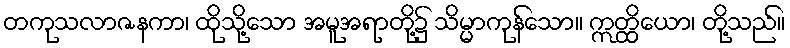
တကုသလာဇနကာ၊ ထိုသို့သော အမူအရာတို့၌ သိမ္မာကုန်သော။ ဣတ္ထိယော၊ တို့သည်။